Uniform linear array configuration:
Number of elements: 12
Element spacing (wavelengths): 0.75
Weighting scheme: blackman
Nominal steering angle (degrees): -30
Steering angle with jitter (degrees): -28.642
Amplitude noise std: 0.05
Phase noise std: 0.05

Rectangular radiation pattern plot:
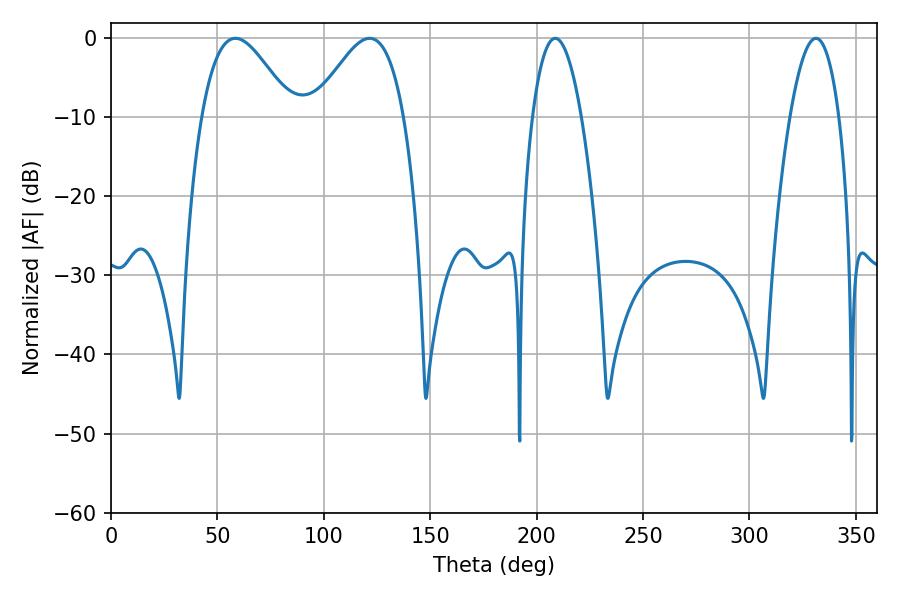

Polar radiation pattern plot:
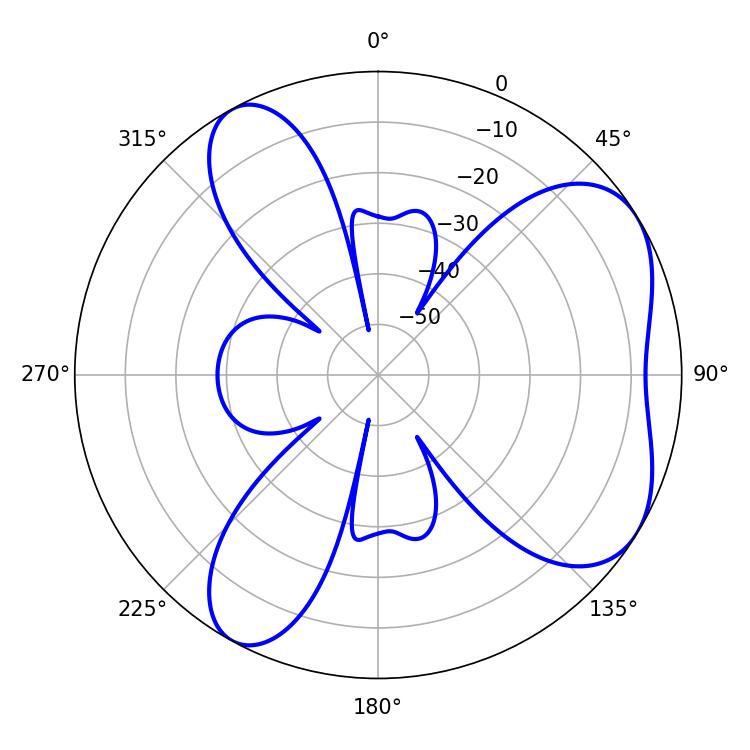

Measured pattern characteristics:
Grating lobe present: TRUE
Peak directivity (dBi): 5.618
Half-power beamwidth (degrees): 22.86
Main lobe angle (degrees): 58.5